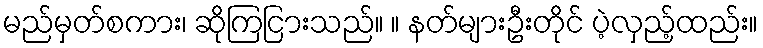
မည်မှတ်စကား၊ ဆိုကြငြားသည်။ ။ နတ်များဦးတိုင် ပဲ့လှည့်ထည်း။